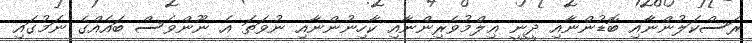
ރަސްކަލުންނާއި ބޮޑުންނާއި ދީނީ ޢިލްމުވެރިންނާއި ކާހިނުންނާއި ނުވަތަ އެ ނޫންވެސް ބައެއްގެ ނަމުގައި